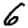
Digit: 6